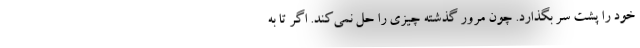
خود را پشت سر بگذارد. چون مرور گذشته چیزی را حل نمی‌کند. اگر تا به